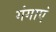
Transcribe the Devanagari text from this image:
गंगाएं